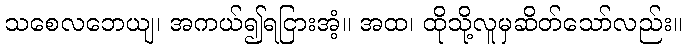
သစေလဘေယျ၊ အကယ်၍ရငြားအံ့။ အထ၊ ထိုသို့လူမှဆိတ်သော်လည်း။